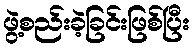
ဖွဲ့စည်းခဲ့ခြင်းဖြစ်ပြီး